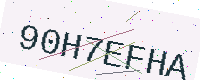
Text: 90H7EFHA